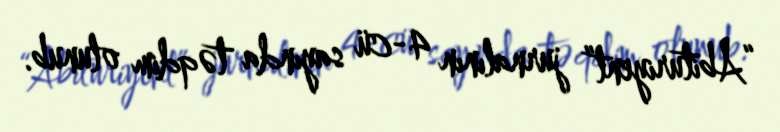
“Abituriyent” jurnalının 4-cü sayında təqdim olunub.